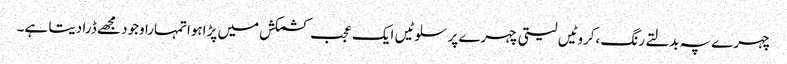
چہرے پہ بدلتے رنگ ،کروٹیں لیتی چہرے پر سلوٹیں ایک عجب کشمکش میں پڑاہواتمہارا وجود مجھے ڈرا دیتا ہے۔